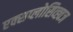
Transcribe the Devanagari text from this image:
एक्सप्लोसिव्ह्वज